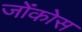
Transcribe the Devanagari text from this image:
जोंकोस